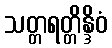
သတ္တရတ္တိန္ဒိဝံ